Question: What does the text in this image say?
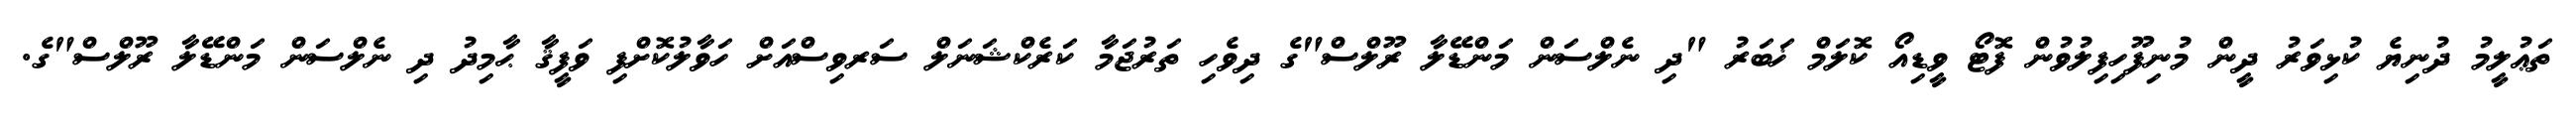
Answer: ތަޢުލީމު ދުނިޔެ ކުޅިވަރު ދީން މުނިފޫހިފިލުވުން ފޮޓޯ ވީޑިއޯ ކޮލަމް ޚަބަރު "ދި ނެލްސަން މަންޑޭލާ ރޫލްސް"ގެ ދިވެހި ތަރުޖަމާ ކަރެކްޝަނަލް ސަރވިސްއަށް ހަވާލުކޮށްފި ވަފީޤާ ޙާމިދު ދި ނެލްސަން މަންޑޭލާ ރޫލްސް"ގެ.